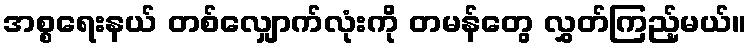
အစ္စရေးနယ် တစ်လျှောက်လုံးကို တမန်တွေ လွှတ်ကြည့်မယ်။